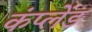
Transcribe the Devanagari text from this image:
कंप्लेंड